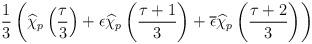
LaTeX: \begin{align*}\frac{1}{3}\left( \widehat{\chi }_{p}\left( \frac{\tau }{3}\right) +\epsilon \widehat{\chi }_{p}\left( \frac{\tau +1}{3}\right) +\overline{\epsilon }\widehat{\chi }_{p}\left( \frac{\tau +2}{3}\right) \right)\end{align*}